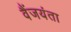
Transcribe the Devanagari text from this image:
वैंजयंता